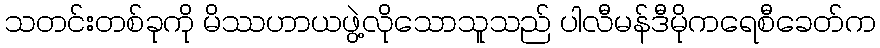
သတင်းတစ်ခုကို မိဿဟာယဖွဲ့လိုသောသူသည် ပါလီမန်ဒီမိုကရေစီခေတ်က